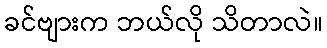
ခင်ဗျားက ဘယ်လို သိတာလဲ။